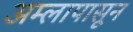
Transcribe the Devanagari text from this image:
अम्लापासून